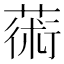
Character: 𦸇